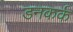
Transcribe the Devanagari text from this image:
डनकर्क